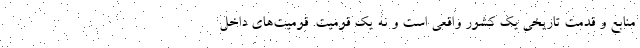
منابع و قدمت تاريخي يك كشور واقعي است و نه يك قوميت. قوميت‌هاي داخل